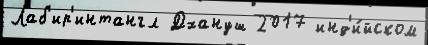
Лаб'ир'интангл Дхануш 2017 инд'и́йском